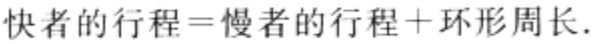
快者的行程=慢者的行程+环形周长.